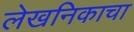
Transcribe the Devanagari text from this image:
लेखनिकाचा